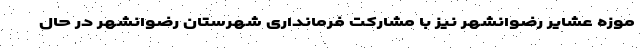
موزه عشایر رضوانشهر نیز با مشارکت فرمانداری شهرستان رضوانشهر در حال